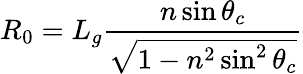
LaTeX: R_{0}=L_{g}\frac{n\sin\theta_{c}}{\sqrt{1-n^{2}\sin^{2}\theta_{c}}}